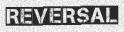
REVERSAL